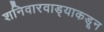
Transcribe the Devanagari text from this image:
शनिवारवाड्याकडून